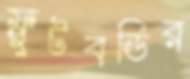
ফ্রুটবডির